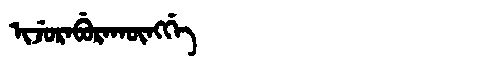
Manchu: ᡳᠵᡠᡵᠠᠪᡠᡵᠠᡴᡡᠩᡤᡝ
Romanization: IJURABURAKŪNGGE